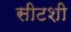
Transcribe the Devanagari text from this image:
सीटशी